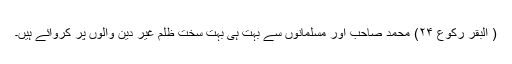
( البقر رکوع ۲۴) محمد صاحب اور مسلمانوں سے بہت ہی بہت سخت ظلم غیر دین والوں پر کروائے ہیں۔